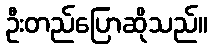
ဦးတည်ပြောဆိုသည်။